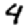
Digit: 4